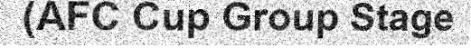
(AFC Cup Group Stage